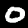
Digit: 0